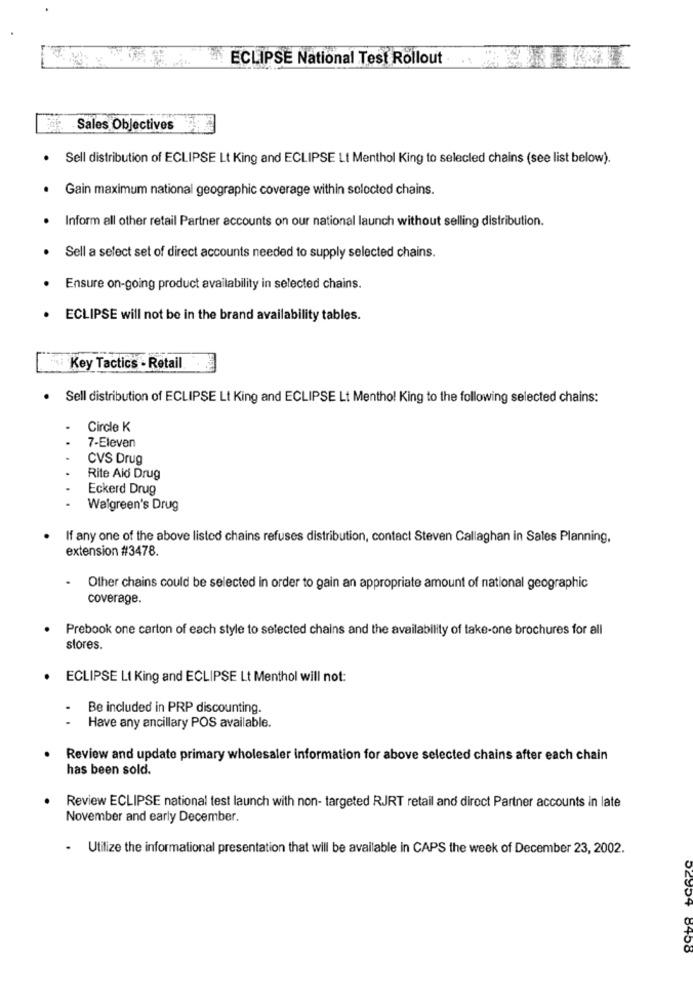
un ECLIPSE National Test Rollout
Sales Objectives
Sell distribution of ECLIPSE Lt King and ECLIPSE Lt Menthol King to selecled chains (see list below).
Gain maximum national geographic coverage within soloctod chains.
Inform all other retail Partner accounts on our national launch without selling distribution.
Sell a select set of direct accounts needed to supply selected chains.
Ensure on-going product availability in selected chains.
ECLIPSE will not be in the brand availability tables.
Key Tactics - Retail
. Sell distribution of ECLIPSE Lt King and ECLIPSE Lt Mentho! King to the following selected chains:
Circle K
7-Eleven
CVS Drug
Rite Aid Drug
Eckerd Drug
Walgreen's Drug
If any one of the above listed chains refuses distribution, contact Steven Callaghan in Sales Planning.
extension #3478.
Other chains could be selected in order to gain an appropriate amount of national geographic
coverage.
Prebook one carton of each style to selected chains and the availability of take-one brochures for all
stores.
ECLIPSE LI King and ECLIPSE Lt Menthol will not:
Be included in PRP discounting.
Have any ancillary POS available.
Review and update primary wholesaler information for above selected chains after each chain
has been sold.
Review ECLIPSE national test launch with non- targeted RJRT retail and direct Partner accounts in late
November and early December.
- Utilize the informational presentation that will be available in CAPS the week of December 23, 2002.
52954 8
8458